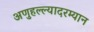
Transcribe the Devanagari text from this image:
अणुहल्ल्यादरम्यान